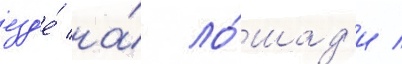
езд'е́ на́ ло́шад'и /